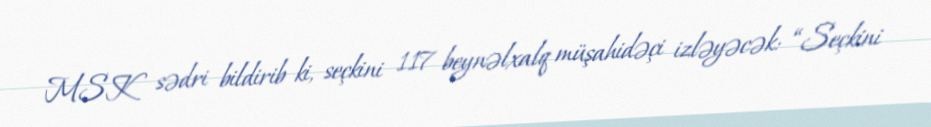
MSK sədri bildirib ki, seçkini 117 beynəlxalq müşahidəçi izləyəcək: “Seçkini